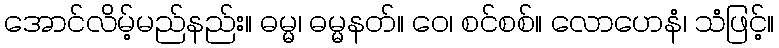
အောင်လိမ့်မည်နည်း။ ဓမ္မ၊ ဓမ္မနတ်။ ဝေ၊ စင်စစ်။ လောဟေနံ၊ သံဖြင့်။